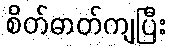
စိတ်ဓာတ်ကျပြီး